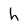
Character: h